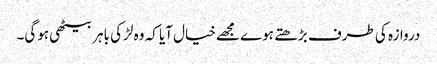
دروازہ کی طرف بڑھتے ہوے مجھےخیال آیا کہ وہ لڑکی باہر بیٹھی ہوگی۔